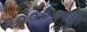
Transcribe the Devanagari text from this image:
२००००पेक्षा